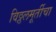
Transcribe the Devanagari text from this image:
विठ्ठलमूर्तीचा